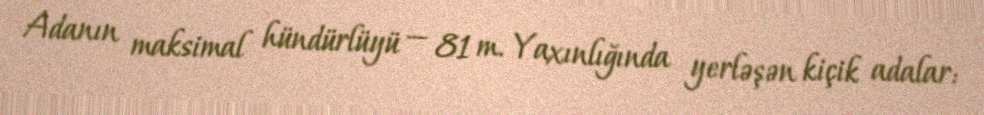
Adanın maksimal hündürlüyü — 81 m. Yaxınlığında yerləşən kiçik adalar: